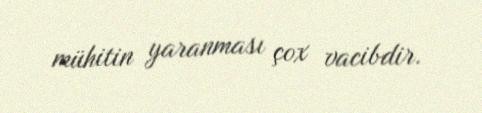
mühitin yaranması çox vacibdir.